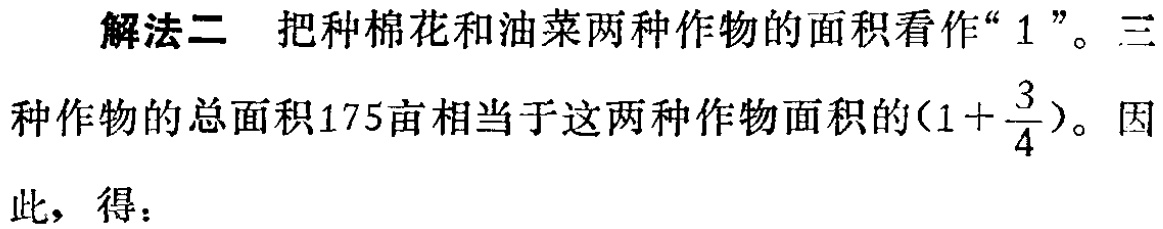
解法二 把种棉花和油菜两种作物的面积看作“$1$”。三种作物的总面积175亩相当于这两种作物面积的$(1 + \frac{3}{4})$。因此，得：